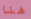
هنا